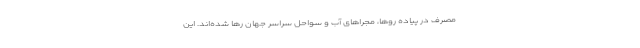
مصرف در پیاده روها، مجراهای آب و سواحل سراسر جهان رها شده‌اند. این